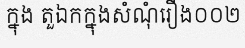
ក្នុង តួឯកក្នុងសំណុំរឿង០០២